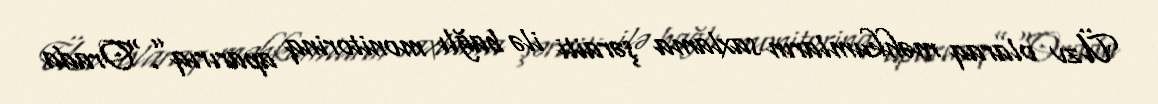
Üzv olaraq məhkumların saxlama şəraiti ilə bağlı monitorinq aparırıq”.“Orada